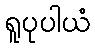
ရူပုပါယံ